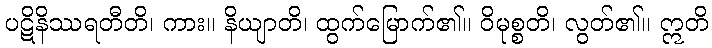
ပဋိနိဿရတီတိ၊ ကား။ နိယျာတိ၊ ထွက်မြောက်၏။ ဝိမုစ္စတိ၊ လွတ်၏။ ဣတိ